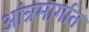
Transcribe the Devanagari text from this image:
आंत्रमार्गात